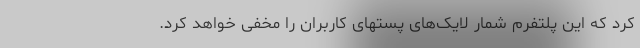
کرد که این پلتفرم شمار لایک‌های پستهای کاربران را مخفی خواهد کرد.